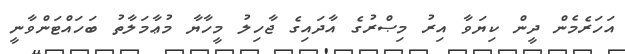
އަހަރެމެން ދީން ކިޔަވާ އިރު މިޞްރުގެ އާދައިގެ ޖާހިލު މީހާޔާ މުޢާމަލާތު ބަހައްޓަންވާނީ